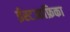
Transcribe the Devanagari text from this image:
ईस्टआफ्रिका